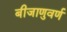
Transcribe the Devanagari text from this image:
बीजाणुवर्ण